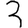
Digit: 3